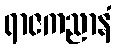
ရာဇကညာနံ